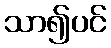
သာ၍ပင်